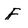
Character: f